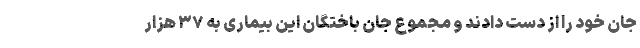
جان خود را از دست دادند و مجموع جان باختگان این بیماری به ۳۷ هزار